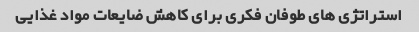
استراتژی های طوفان فکری برای کاهش ضایعات مواد غذایی